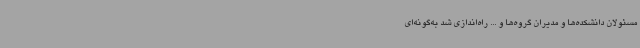
مسئولان دانشکده‌ها و مدیران گروه‌ها و ... راه‌اندازی شد به‌گونه‌ای